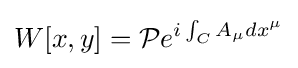
W[x,y]={\mathcal {P}}e^{i\int _{C}A_{\mu }dx^{\mu }}